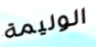
الوليمة